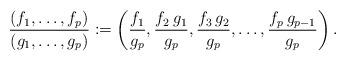
LaTeX: \begin{align*}\frac{(f_{1},\ldots,f_{p})}{(g_{1},\ldots,g_{p})}:=\left(\frac{f_{1}}{g_{p}},\frac{f_{2}\,g_{1}}{g_{p}},\frac{f_{3}\,g_{2}}{g_{p}},\ldots,\frac{f_{p}\,g_{p-1}}{g_{p}}\right).\end{align*}